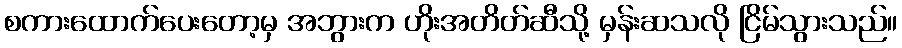
စကားထောက်ပေးတော့မှ အဘွားက ဟိုးအတိတ်ဆီသို့ မှန်းဆသလို ငြိမ်သွားသည်။